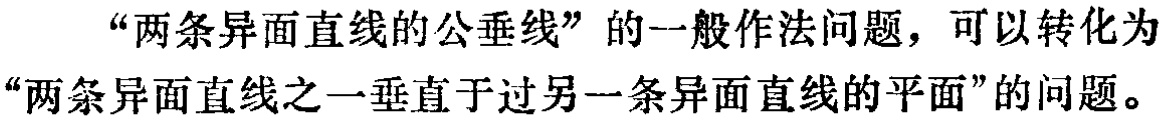
“两条异面直线的公垂线”的一般作法问题，可以转化为“两条异面直线之一垂直于过另一条异面直线的平面”的问题。